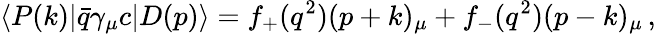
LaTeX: \langle P(k)|\bar{q}\gamma_{\mu}c|D(p)\rangle=f_{+}(q^{2})(p+k)_{\mu}+f_{-}(q^{2})(p-k)_{\mu}\, ,